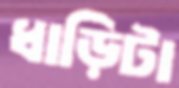
ধাড়িটা